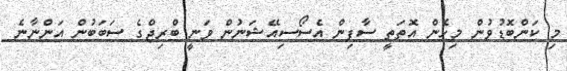
މި ކަންބޮޑުވުން މިހެން އޮތަތީ ސާފިން އެސޯސިއޭޝަނުން ވަނީ ބްރިޖްގެ ސަބަބުން އަންނާނެ